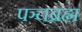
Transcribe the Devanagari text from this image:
पञ्चब्रह्म